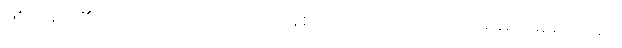
ဖြစ်ကုန်ရာ၏။ အထ၊ ထိုသို့အောက်မေ့ကုန်စဉ်။ ဝဿသတာယုကာ၊ အနှစ်တမ်းရာတမ်း၌